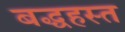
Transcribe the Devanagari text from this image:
बद्धहस्त